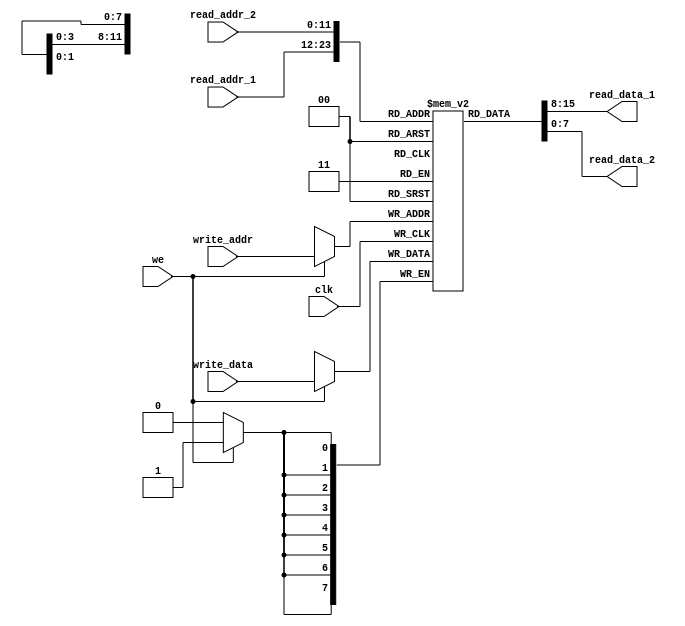
module dualPortRAM 
#(
    parameter ADDR_WIDTH = 12,
              DATA_WIDTH = 8
)
(
    input wire clk,
    input wire we,
    input wire [ADDR_WIDTH-1:0] read_addr_1,
    input wire [ADDR_WIDTH-1:0] read_addr_2,
    input wire [ADDR_WIDTH-1:0] write_addr,
    input wire [DATA_WIDTH-1:0] write_data,
    output wire [DATA_WIDTH-1:0] read_data_1,
    output wire [DATA_WIDTH-1:0] read_data_2
);

reg [DATA_WIDTH-1:0] ram [2**ADDR_WIDTH-1:0];

always @(posedge clk) 
begin
    if(we)
        ram[write_addr] <= write_data;    
end

assign read_data_1 = ram[read_addr_1];
assign read_data_2 = ram[read_addr_2];

endmodule